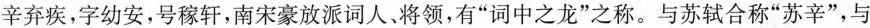
辛弃疾，字幼安，号稼轩，南宋豪放派词人，将领，有”词中之龙”之称。与